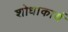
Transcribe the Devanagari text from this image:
शोधाकार्य